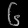
Digit: ၆